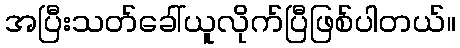
အပြီးသတ်ခေါ်ယူလိုက်ပြီဖြစ်ပါတယ်။